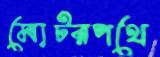
মোটরপথে